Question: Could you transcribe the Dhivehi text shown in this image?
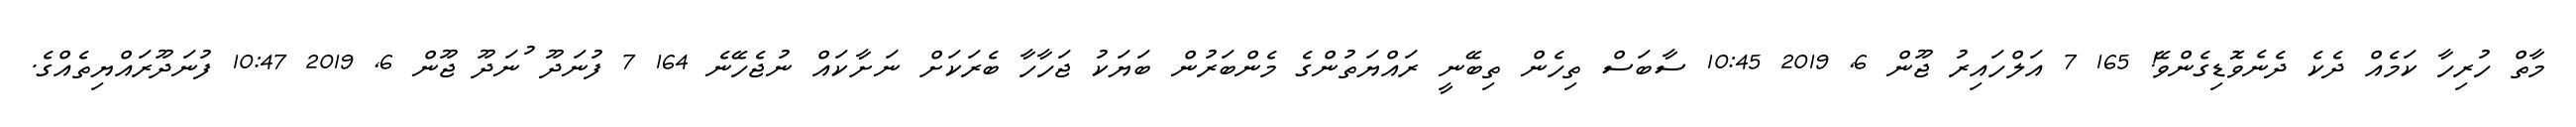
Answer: މާތް ހުރިހާ ކަމެއް ދެކެ ދެނެވޮޑިގެންވޭ! 165 7 އަލްހައިރު ޖޫން 6, 2019 10:45 ސާބަސް ތިހެން ތިބޭނީ ރައްޔަތުންގެ މެންބަރުން ބަޔަކު ޖަހާހާ ބެރަކަށް ނަށާކައް ނުޖެހޭނެ 164 7 ފުނަދޫ ުނަދޫ ޖޫން 6, 2019 10:47 ފުނަދޫރައްޔިތެއްގެ.